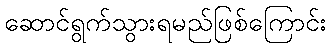
ဆောင်ရွက်သွားရမည်ဖြစ်ကြောင်း